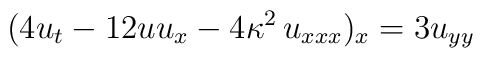
(4 u_t - 12 u u_x - 4 \kappa^2 \, u_{xxx} )_x = 3 u_{yy}